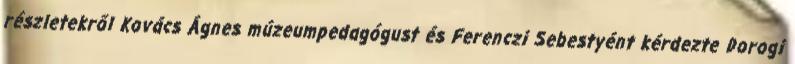
részletekről Kovács Ágnes múzeumpedagógust és Ferenczi Sebestyént kérdezte Dorogi